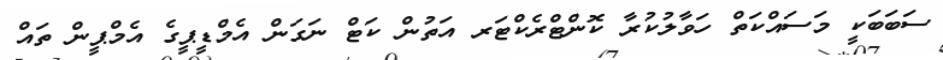
ސަބަބަކީ މަސައްކަތް ހަވާލުކުރާ ކޮންޓްރެކްޓަރ އަތުން ކަޓް ނަގަން އެމްޑީޕީގެ އެމްޕީން ތައް